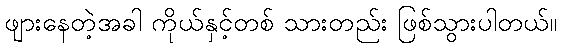
ဖျားနေတဲ့အခါ ကိုယ်နှင့်တစ် သားတည်း ဖြစ်သွားပါတယ်။